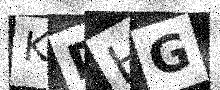
Text: KDHG